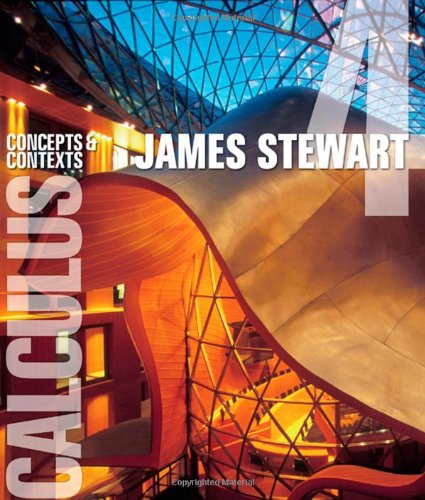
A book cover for Calculus: Concepts and Contexts (Available 2010 Titles Enhanced Web Assign); James Stewart; Science & Math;